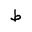
Letter: _da